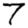
Digit: 7